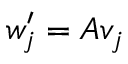
w _ { j } ^ { \prime } = A v _ { j }